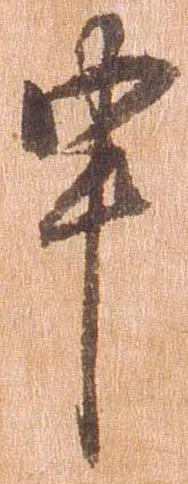
申